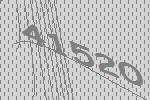
41520